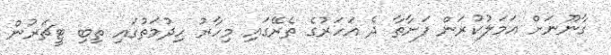
ގާނޫނަށް އަމަލުކުރަން ފަށާތާ ދެ އަހަރުގެ ތެރޭގައި މިހާރު ހިދުމަތުގައި ތިބި ޓީޗަރުން